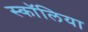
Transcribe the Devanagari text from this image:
स्कॉलिया